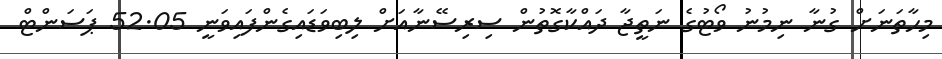
މިހާތަނަށް ގުނާ ނިމުނު ވޯޓުގެ ނަތީޖާ ދައްކާގޮތުން ސިރިސޭނާއަށް ލިބިވަޑައިގެންފައިވަނީ 52.05 ޕަސަންޓް